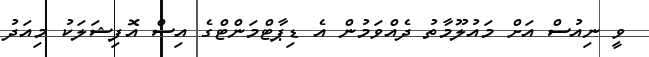
ވީ ނިއުސް އަށް މައުލޫމާތު ދެއްވަމުން އެ ޑިޕާޓްމަންޓްގެ އިސް އޮފިޝަލަކު މިއަދު